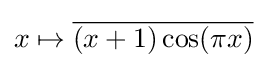
x\mapsto {\overline {(x+1)\cos(\pi x)}}